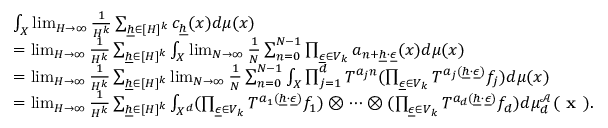
\begin{array} { r l } & { \int _ { X } \operatorname* { l i m } _ { H \rightarrow \infty } \frac { 1 } { H ^ { k } } \sum _ { \underline { { h } } \in [ H ] ^ { k } } c _ { \underline { { h } } } ( x ) d \mu ( x ) } \\ & { = \operatorname* { l i m } _ { H \rightarrow \infty } \frac { 1 } { H ^ { k } } \sum _ { \underline { { h } } \in [ H ] ^ { k } } \int _ { X } \operatorname* { l i m } _ { N \rightarrow \infty } \frac { 1 } { N } \sum _ { n = 0 } ^ { N - 1 } \prod _ { \underline { { \epsilon } } \in V _ { k } } a _ { n + \underline { { h } } \cdot \underline { { \epsilon } } } ( x ) d \mu ( x ) } \\ & { = \operatorname* { l i m } _ { H \rightarrow \infty } \frac { 1 } { H ^ { k } } \sum _ { \underline { { h } } \in [ H ] ^ { k } } \operatorname* { l i m } _ { N \rightarrow \infty } \frac { 1 } { N } \sum _ { n = 0 } ^ { N - 1 } \int _ { X } \prod _ { j = 1 } ^ { d } T ^ { a _ { j } n } ( \prod _ { \underline { { \epsilon } } \in V _ { k } } T ^ { a _ { j } ( \underline { { h } } \cdot \underline { { \epsilon } } ) } f _ { j } ) d \mu ( x ) } \\ & { = \operatorname* { l i m } _ { H \rightarrow \infty } \frac { 1 } { H ^ { k } } \sum _ { \underline { { h } } \in [ H ] ^ { k } } \int _ { X ^ { d } } ( \prod _ { \underline { { \epsilon } } \in V _ { k } } T ^ { a _ { 1 } ( \underline { { h } } \cdot \underline { { \epsilon } } ) } f _ { 1 } ) \otimes \cdots \otimes ( \prod _ { \underline { { \epsilon } } \in V _ { k } } T ^ { a _ { d } ( \underline { { h } } \cdot \underline { { \epsilon } } ) } f _ { d } ) d \mu _ { d } ^ { \mathcal { A } } ( \textbf { x } ) . } \end{array}